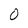
Character: 0